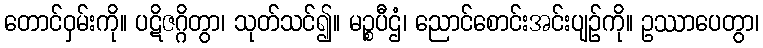
တောင်ဝှမ်းကို။ ပဋိဇဂ္ဂိတွာ၊ သုတ်သင်၍။ မဉ္စပီဌံ၊ ညောင်စောင်းအင်းပျဉ်ကို။ ဥဿာပေတွာ၊